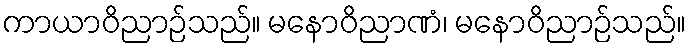
ကာယာဝိညာဉ်သည်။ မနောဝိညာဏံ၊ မနောဝိညာဉ်သည်။